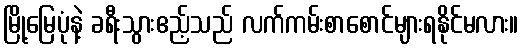
မြို့မြေပုံနဲ့ ခရီးသွားဧည့်သည် လက်ကမ်းစာစောင်များရနိုင်မလား။